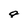
Character: 9